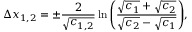
\Delta x _ { 1 , 2 } = \pm \frac { 2 } { \sqrt { c _ { 1 , 2 } } } \ln \Bigg ( \frac { \sqrt { c _ { 1 } } + \sqrt { c _ { 2 } } } { \sqrt { c _ { 2 } } - \sqrt { c _ { 1 } } } \Bigg ) ,